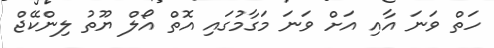
ހަތް ވަނަ އާއި އަށް ވަނަ މަގާމުގައި އޮތް އޯލް ޔޫތު ލިންކޭޖް